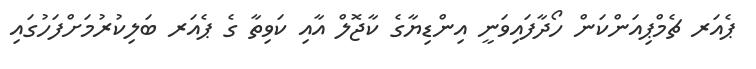
ޕެއަރ ޗެމްޕިއަންކަން ހޯދާފައިވަނީ އިންޑިޔާގެ ކާޖޮލް އާއި ކަވިތާ ގެ ޕެއަރ ބަލިކުރުމަށްފަހުގައި